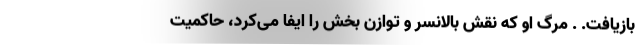
بازیافت. . مرگ او که نقش بالانسر و توازن بخش را ایفا می‌کرد، حاکمیت